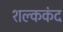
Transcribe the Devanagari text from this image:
शल्ककंद